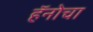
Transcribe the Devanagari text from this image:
हॅनोचा